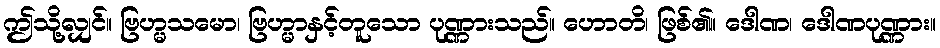
ဤသို့လျှင်။ ဗြဟ္မသမော၊ ဗြဟ္မာနှင့်တူသော ပုဏ္ဏားသည်။ ဟောတိ၊ ဖြစ်၏။ ဒေါဏ၊ ဒေါဏပုဏ္ဏား။